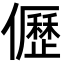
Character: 儮